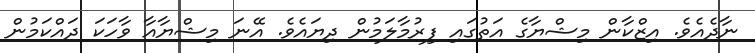
ނާދެއެވެ. އިޒްކާން މިޝްޔާގެ އަތުގައި ފިރުމާލަމުން ދިޔައެވެ. އޭނަ މިޝްޔާއާ ވާހަކަ ދައްކަމުން